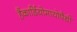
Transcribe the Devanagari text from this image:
हैंकार्डियोमायोपैथी